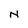
Character: N